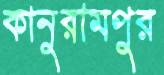
কানুরামপুর